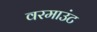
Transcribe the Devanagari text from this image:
वरमाउंट